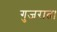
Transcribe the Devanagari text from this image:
गुजरात।